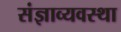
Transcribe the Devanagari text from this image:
संज्ञाव्यवस्था